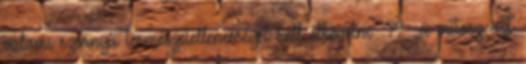
valami szörnyű természetellenességet kell elkövetni” 79. „a mítosz azt